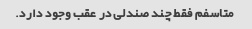
متاسفم فقط چند صندلی در عقب وجود دارد.